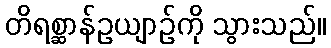
တိရစ္ဆာန်ဥယျာဉ်ကို သွားသည်။